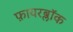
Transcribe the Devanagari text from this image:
फ़ायरब्लॉक